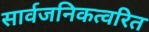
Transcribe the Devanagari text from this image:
सार्वजनिकत्वरित